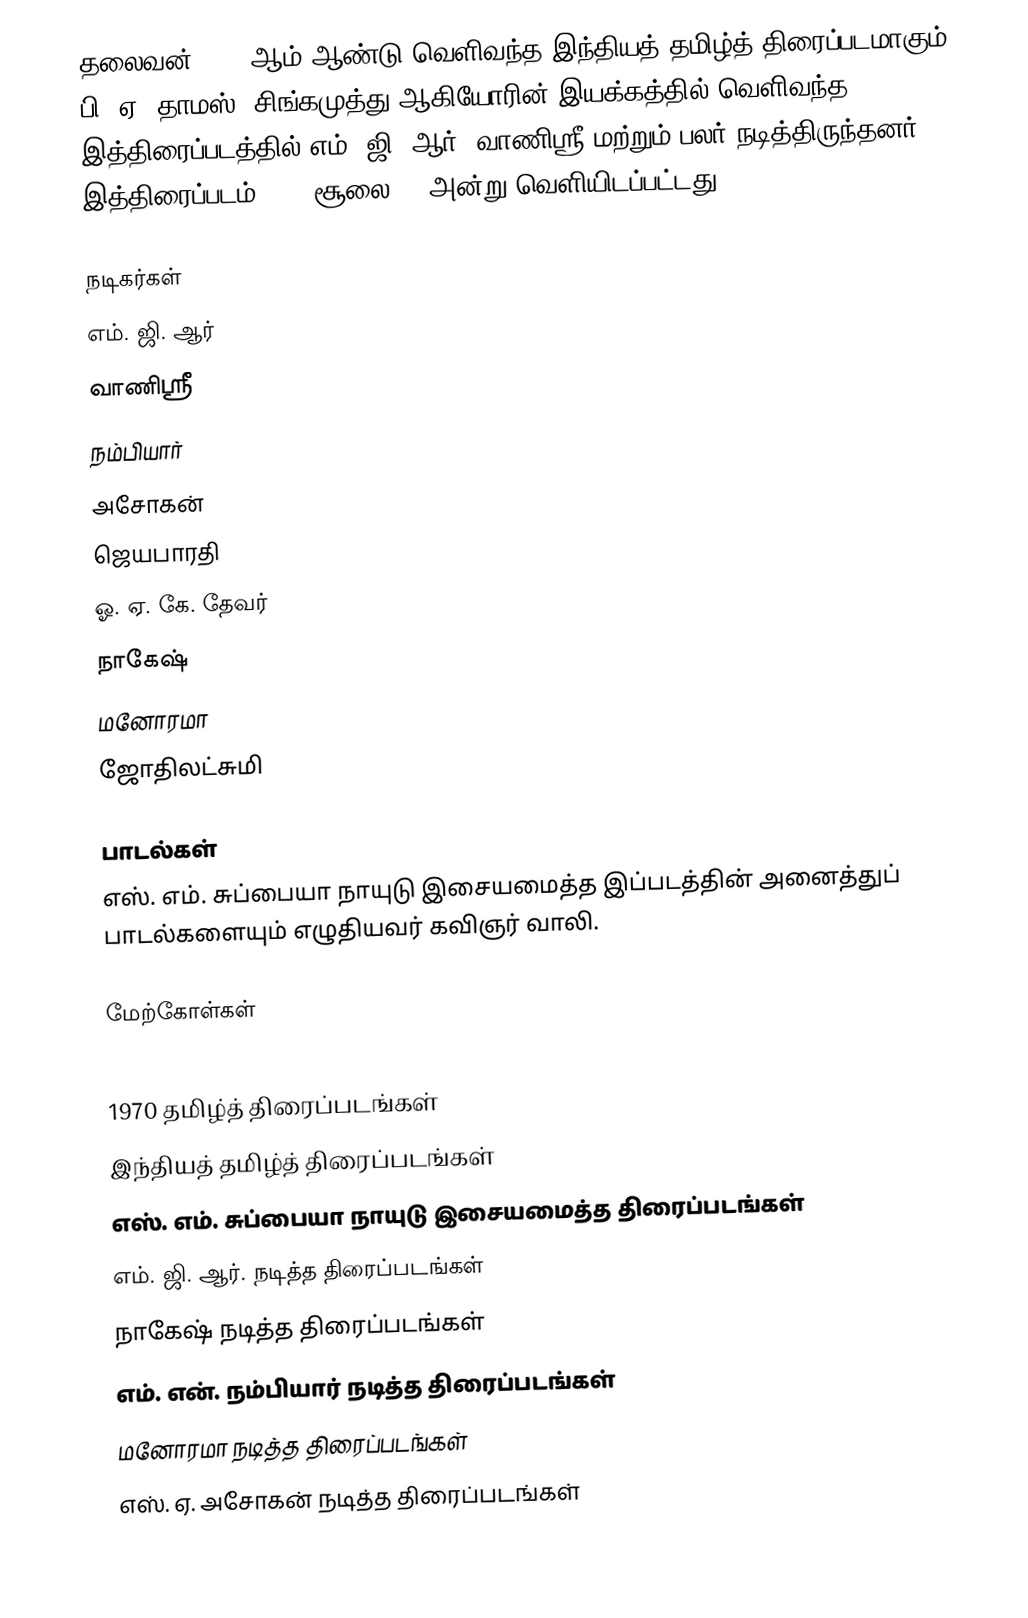
தலைவன் 1970 ஆம் ஆண்டு வெளிவந்த இந்தியத் தமிழ்த் திரைப்படமாகும். பி. ஏ. தாமஸ், சிங்கமுத்து ஆகியோரின் இயக்கத்தில் வெளிவந்த இத்திரைப்படத்தில் எம். ஜி. ஆர், வாணிஸ்ரீ மற்றும் பலர் நடித்திருந்தனர். இத்திரைப்படம் 1970 சூலை 24 அன்று வெளியிடப்பட்டது.

நடிகர்கள்
எம். ஜி. ஆர்
வாணிஸ்ரீ
நம்பியார்
அசோகன்
ஜெயபாரதி
ஓ. ஏ. கே. தேவர்
நாகேஷ்
மனோரமா
ஜோதிலட்சுமி

பாடல்கள்
எஸ். எம். சுப்பையா நாயுடு இசையமைத்த இப்படத்தின் அனைத்துப் பாடல்களையும் எழுதியவர் கவிஞர் வாலி.

மேற்கோள்கள்

1970 தமிழ்த் திரைப்படங்கள்
இந்தியத் தமிழ்த் திரைப்படங்கள்
எஸ். எம். சுப்பையா நாயுடு இசையமைத்த திரைப்படங்கள்
எம். ஜி. ஆர். நடித்த திரைப்படங்கள்
நாகேஷ் நடித்த திரைப்படங்கள்
எம். என். நம்பியார் நடித்த திரைப்படங்கள்
மனோரமா நடித்த திரைப்படங்கள்
எஸ். ஏ. அசோகன் நடித்த திரைப்படங்கள்